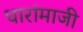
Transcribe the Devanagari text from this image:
धारांमाजी